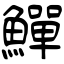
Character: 鱓